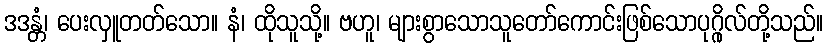
ဒဒန္တံ၊ ပေးလှူတတ်သော။ နံ၊ ထိုသူသို့။ ဗဟူ၊ များစွာသောသူတော်ကောင်းဖြစ်သောပုဂ္ဂိုလ်တို့သည်။